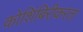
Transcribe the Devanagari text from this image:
कोशिंबिरीकरता